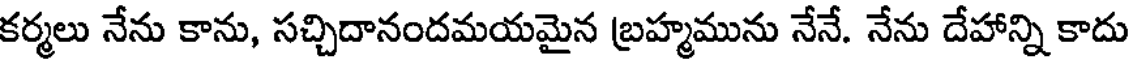
కర్మలు నేను కాను, సచ్చిదానందమయమైన బ్రహ్మమును నేనే. నేను దేహాన్ని కాదు